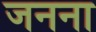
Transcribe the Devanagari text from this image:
जनना